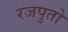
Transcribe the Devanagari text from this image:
रजपुतो